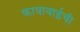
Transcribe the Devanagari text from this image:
कात्राबाईची